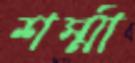
শর্ম্মা